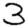
Digit: 3